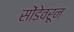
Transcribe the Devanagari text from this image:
सोंडेवरून